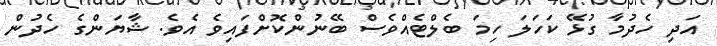
އަދި ހެދުމާ ގުޅޭ ކަހަލަ ހިމަ ބެލްޓެއްވެސް ބޭނުންކޮށްފައިވެ އެވެ. ޝާޔަންގެ ހެދުން